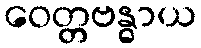
ဝေတ္တဗန္ဓာယ